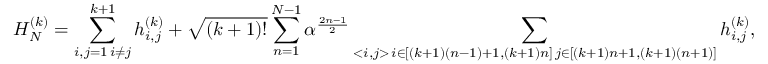
H _ { N } ^ { ( k ) } = \sum _ { \substack { i , j = 1 \, i \ne j } } ^ { k + 1 } h _ { i , j } ^ { ( k ) } + \sqrt { ( k + 1 ) ! } \sum _ { n = 1 } ^ { N - 1 } \alpha ^ { \frac { 2 n - 1 } { 2 } } \sum _ { \substack { < i , j > \, i \in [ ( k + 1 ) ( n - 1 ) + 1 , ( k + 1 ) n ] \, j \in [ ( k + 1 ) n + 1 , ( k + 1 ) ( n + 1 ) ] } } h _ { i , j } ^ { ( k ) } ,